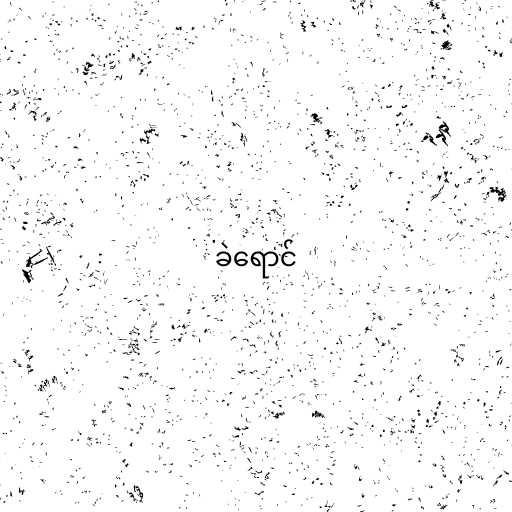
ခဲရောင်